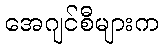
အေဂျင်စီများက